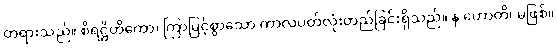
တရားသည်။ စိရဋ္ဌိတိကော၊ ကြာမြင့်စွာသော ကာလပတ်လုံးတည်ခြင်းရှိသည်။ န ဟောတိ၊ မဖြစ်။